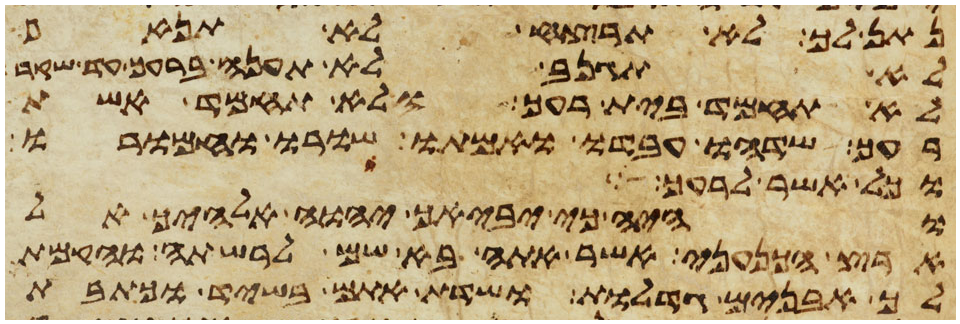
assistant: נתן לך לא תרצח לא תנאף
לא תגנב לא תענה ברעך עד שוא
לא תחמד בית רעך ולא תחמד אשת
רעך שדהו עבדו ואמתו שורו וחמורו
וכל אשר לרעך
והיה כי יביאך יהוה אלהיך אל
ארץ הכנעני אשר אתה בא שמה לרשתה והקמת
לך אבנים גדלות ושדת אתם בשיד וכתבת